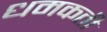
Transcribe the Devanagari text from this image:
धमकती